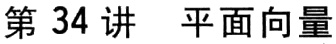
第 34 讲 平面向量